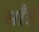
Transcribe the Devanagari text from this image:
साँईं